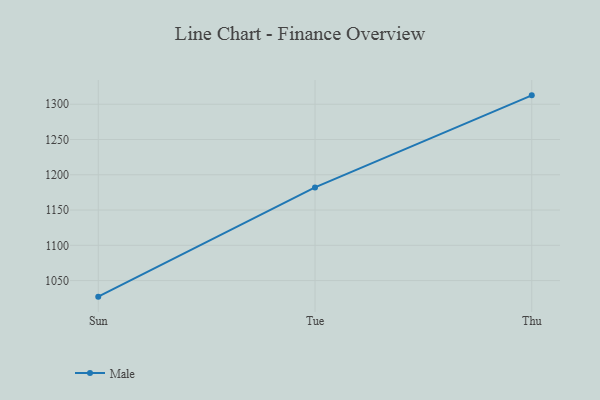
{"axis": {"x": "Day", "y": "Gross Profit (USD K)"}, "legend": ["Male"], "data": [{"x": "Sun", "y": 1027.2, "type": "Male"}, {"x": "Tue", "y": 1182.1, "type": "Male"}, {"x": "Thu", "y": 1312.6, "type": "Male"}]}